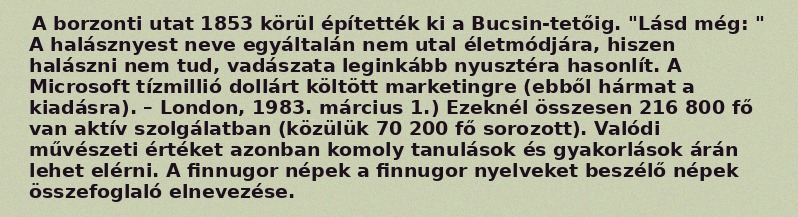
A borzonti utat 1853 körül építették ki a Bucsin-tetőig. "Lásd még: " A halásznyest neve egyáltalán nem utal életmódjára, hiszen halászni nem tud, vadászata leginkább nyusztéra hasonlít. A Microsoft tízmillió dollárt költött marketingre (ebből hármat a kiadásra). – London, 1983. március 1.) Ezeknél összesen 216 800 fő van aktív szolgálatban (közülük 70 200 fő sorozott). Valódi művészeti értéket azonban komoly tanulások és gyakorlások árán lehet elérni. A finnugor népek a finnugor nyelveket beszélő népek összefoglaló elnevezése.